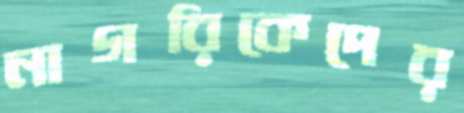
নাগরিকেদের